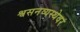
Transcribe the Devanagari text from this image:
श्वसनव्यस्थेवर